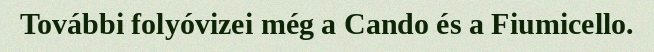
További folyóvizei még a Cando és a Fiumicello.